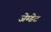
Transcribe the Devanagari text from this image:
जेम्डेट